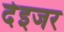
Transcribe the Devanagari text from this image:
देइजर